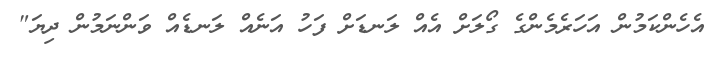
އެހެންކަމުން އަހަރެމެންގެ ގޯލަށް އެއް ލަނޑަށް ފަހު އަނެއް ލަނޑެއް ވަންނަމުން ދިޔަ"